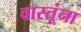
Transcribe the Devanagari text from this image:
वास्तूंना